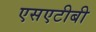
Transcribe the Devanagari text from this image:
एसएटीबी